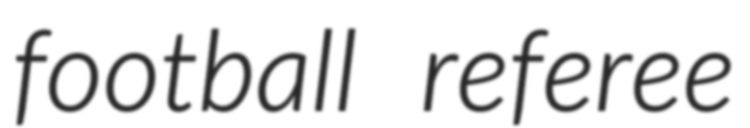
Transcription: football referee